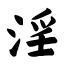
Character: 淫